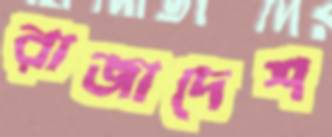
রাজাদেশ